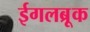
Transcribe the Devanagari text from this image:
ईगलब्रूक